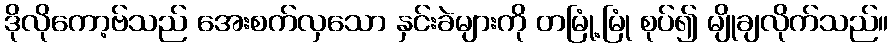
ဒိုလိုကော့ဗ်သည် အေးစက်လှသော နှင်းခဲများကို တမြုံ့မြုံ စုပ်၍ မျိုချလိုက်သည်။